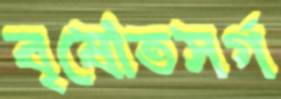
বৃষোতসর্গ